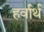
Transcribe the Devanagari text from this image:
हर्वार्थ